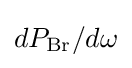
dP_{\mathrm {Br} }/d\omega